Annual report on the working of the mental hospitals in the Madras Presidency - 1912-1932
Year: 1912
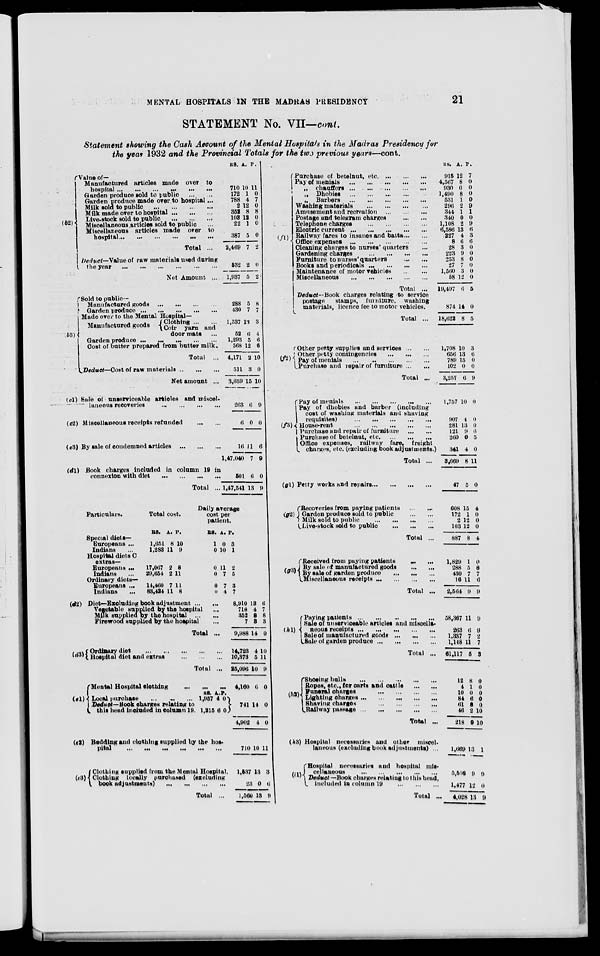
MENTAL HOSPITALS IN THE MADRAS
PRESIDENCY
21
STATEMENT No. VII—cont.
Statement showing the Cash Account of the Mental Hospitals in the Madras Presidency for
the year 1932 and the Provincial Totals for the two previous years—cont.
(b2)
Value of—
Manufactured articles made over to
hospital
...
...
...
...
...
...
Garden produce sold to public
...
...
Garden produce made over to hospital ...
Milk sold to public
... ... ... ...
Milk made over to hospital ... ... ...
Live-stock sold to public
...
...
...
Miscellaneous articles sold to public ...
Miscellaneous articles made over to
hospital ... ...
...
...
...
...
Total ...
Deduct—Value of raw materials used during
the year
...
...
...
...
...
...
Net Amount ...
RS. A. P.
710
172
788
2
352
103
22
387
2,469
532
1,937
10
1
4
12
8
12
1
5
7
2
5
11
0
7
0
8
0
0
0
2
0
2
(b3)
(c1)
(c2)
(c3)
(d1)
Sold to public—
Manufactured goods ... ... ... ...
Garden produce
...
...
...
...
...
Made over to the Mental Hospital—
Manufactured goods
Clothing ... ...
Coir yarn and
door mats ...
Garden produce ... ... ... ...
...
Cost of butter prepared from butter milk.
Total ...
Deduct—Cost of raw materials ... ... ...
Net amount ...
Sale of unserviceable articles and miscel-
laneous recoveries
...
...
...
...
Miscellaneous receipts refunded
...
...
By sale of condemned articles
...
...
...
Book charges included in column 19 in
connexion with diet
...
...
...
...
Total ...
288
430
1,537
52
1,293
568
4,171
511
3,659
263
6
16
1,47,040
501
1,47,541
5
7
13
6
5
12
2
3
15
6
0
11
7
6
13
8
7
3
4
6
6
10
0
10
9
0
6
9
0
9
Particulars.
Special diets—
Europeans ...
Indians ...
Hospital diets C
extras—
Europeans ...
Indians ...
Ordinary diets—
Europeans ...
Indians ...
Total cost.
RS.
1,651
1,283
17,067
29,654
14,460
83,424
A.
8
11
2
2
7
11
P.
10
9
8
11
11
8
Daily average
cost per
patient.
RS.
1
0
0
0
0
0
A.
0
10
11
7
7
4
P.
3
1
2
5
3
7
(d2)
(d3)
(e1)
(e2)
(e3)
Diet—Excluding book adjustment ... ...
Vegetable supplied by the hospital
...
Milk supplied by the hospital ... ...
Firewood supplied by the hospital ...
Total ...
Ordinary diet
...
...
...
...
...
Hospital diet and extras
...
...
...
Total ...
Mental Hospital clothing
...
...
...
Local purchase
...
...
...
Deduct—Book charges relating to
this head included in column 19.
RS.
1,957
1,215
A.
4
6
P.
0
0
Bedding and clothing supplied by the hos-
pital ... ... ... ... ... ...
Clothing supplied from the Mental Hospital.
Clothing locally purchased (excluding
book adjustments)
...
...
...
...
Total ...
8,910
718
352
7
9,988
14,723
10,373
25,096
4,160
741
4,902
710
1,537
23
1,560
13
4
8
3
14
4
5
10
6
14
4
10
13
0
13
6
7
8
3
0
10
11
9
0
0
0
11
3
6
9
(f1)
(f2)
(f3)
Purchase of betelnut,
etc. ... ... ...
Pay of menials
...
...
...
...
...
„ chauffers ... ... ... ... ... ...
„ Dhobies ... ... ... ... ... ...
„ Barbers ... ... ... ... ... ...
Washing materials
...
...
...
...
Amusement and recreation
...
...
...
Postage and telegram charges ... ...
Telephone charges
...
...
...
...
Electric current
...
...
...
...
...
Railway fares to insanes and batta ... ...
Office expenses
...
...
...
...
...
Cleaning charges to nurses' quarters ...
Gardening charges
...
...
...
...
Furniture to nurses' quarters
...
...
Books and periodicals
...
...
...
...
Maintenance of motor vehicles
...
...
Miscellaneous
...
...
...
...
...
Total ...
Deduct—Book charges relating to service
postage
stamps, furniture, washing
materials, licence fee to motor vehicles.
Total ...
Other petty supplies and services ... ...
Other petty contingencies
...
...
...
Pay of menials
...
...
...
...
...
Purchase and repair of furniture ... ...
Total ...
Pay of menials
...
...
...
...
...
Pay of dhobies and barber (including
cost of washing materials and shaving
requisites)
...
...
...
...
...
House-rent
...
...
...
...
...
Purchase and repair of furniture
...
...
Purchase of betelnut,
etc. ... ... ...
Office expenses, railway fare, freight
charges, etc. (excluding book adjustments.
Total ...
RS.
915
4,567
930
1,490
531
296
344
340
1,108
6,586
227
8
28
223
253
27
1,560
58
19,497
874
18,622
1,708
656
789
102
3,257
1,757
907
281
121
260
341
3,669
A.
12
8
0
8
1
2
1
0
2
13
4
6
3
9
8
7
3
12
6
14
8
10
13
15
0
6
10
4
13
9
0
4
8
P.
7
0
0
0
0
9
1
0
9
6
3
6
0
0
0
0
0
0
5
0
5
3
6
0
0
9
0
0
0
6
5
0
11
(g1)
(h1)
(h2)
(h3)
(i1)
Petty works and repairs ... ... ... ...
Recoveries from paying patients ... ...
Garden produce sold to public ... ...
Milk sold to public
...
...
...
...
Live-stock sold to public
...
...
...
Total ...
Received from paying patients ... ...
By sale of manufactured goods ... ...
By sale of garden produce
...
...
...
Miscellaneous receipts ... ... ... ...
Total ...
Paying patients
...
...
...
...
...
Sale of unserviceable articles and miscella-
neous receipts ... ... ... ... ...
Sale of manufactured goods ... ... ...
Sale of garden produce ... ... ... ...
Total ...
Shoeing bulls
...
...
...
...
...
Ropes, etc., for carts and cattle
...
...
Funeral
charges ... ... ... ...
Lighting charges ... ... ... ... ...
Shaving charges ... ... ... ... ...
Railway passage
...
...
...
...
Total ...
Hospital necessaries and other miscel-
laneous (excluding book adjustments) ...
Hospital necessaries and hospital mis-
cellaneous
...
...
...
...
...
Deduct —Book charges relating to this head,
included in column 19
...
...
...
Total ...
47
608
172
2
103
887
1,829
288
430
16
2,564
58,367
263
1,337
1,148
61,117
12
4
10
84
61
46
218
1,669
5,506
1,477
4,028
5
15
1
12
12
8
1
5
7
11
9
11
6
7
11
5
8
1
0
6
8
2
9
13
9
12
13
0
4
0
0
0
4
0
8
7
6
9
9
9
2
7
3
0
0
0
0
0
10
10
1
9
0
9